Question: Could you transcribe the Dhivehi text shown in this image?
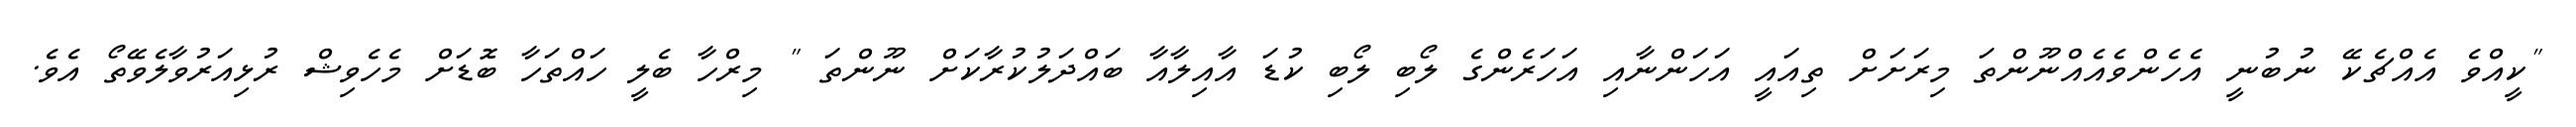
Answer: "ކީއްވެ އެއްޗެކޭ ނުބުނީ އެހެންވެއެއްނޫންތަ މިރަށަށް ތިއައީ އަހަންނާއި އަހަރެންގެ ލޯބި ލޯބި ކުޑަ އާއިލާއާ ބައްދަލުކުރާކަށް ނޫންތަ " މިރްހާ ބެލީ ހައްތަހާ ބޮޑަށް މެހެވިޝް ރުޅިއަރުވާލެވޭތޯ އެވެ.